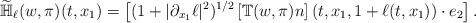
LaTeX: \begin{align*}\widetilde{\mathbb{H}}_{\ell}(w,\pi)(t,x_1)= \left[ (1+|\partial_{x_1} \ell|^2)^{1/2} \left[\mathbb{T}(w,\pi)n\right](t,x_1,1+\ell(t,x_1))\cdot e_2 \right].\end{align*}